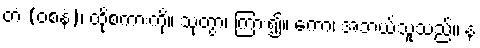
တံ (ဝစနံ)၊ ထိုစကားကို။ သုတွာ၊ ကြား၍။ ကော၊ အဘယ်သူသည်။ န